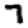
Digit: 7